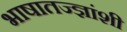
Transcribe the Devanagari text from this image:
भाषातज्ज्ञांशी